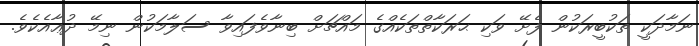
ނަމާދަކީ ތަކުބީރަކުން ފެށޭ ވަކި ޙަރަކާތްތަކެއްގެ މައްޗަށް ބިނާވެފައިވާ ސަލާމަކުން ނިމޭ ދުޢާއެކެވެ.